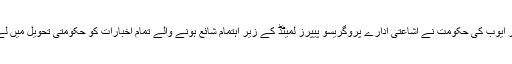
صدر ایوب کی حکومت نے اشاعتی ادارے پروگریسو پیپرز لمیٹڈ کے زیر اہتمام شائع ہونے والے تمام اخبارات کو حکومتی تحویل میں لے لیا۔